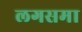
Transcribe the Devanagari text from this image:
लगसमा